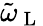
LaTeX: \tilde{\omega}_{\mathrm{~L~}}